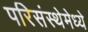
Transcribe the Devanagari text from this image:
परिसंस्थेमेध्ये